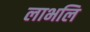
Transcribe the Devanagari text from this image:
लाभलि